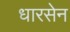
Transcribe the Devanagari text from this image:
धारसेन